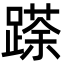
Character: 𮜌